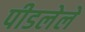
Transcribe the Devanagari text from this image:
पीडलेले